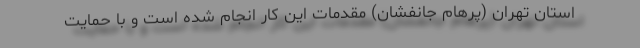
استان تهران (پرهام جانفشان) مقدمات این کار انجام شده است و با حمایت